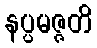
နပ္ပမဇ္ဇတိ